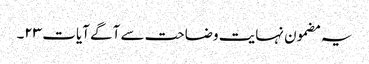
یہ مضمون نہایت وضاحت سے آگے آیات ۲۳۔